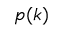
p ( k )